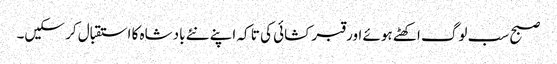
صبح سب لوگ اکھٹے ہوئے اور قبر کشائی کی تا کہ اپنے نئے بادشاہ کا استقبال کر سکیں۔